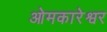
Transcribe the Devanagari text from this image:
ओमकारेश्वर